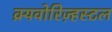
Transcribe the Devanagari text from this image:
क्र्यवोरिज़्हस्टल